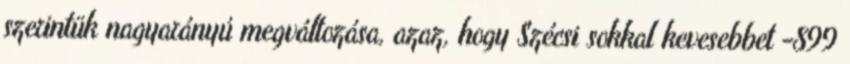
szerintük nagyarányú megváltozása, azaz, hogy Szécsi sokkal kevesebbet -899